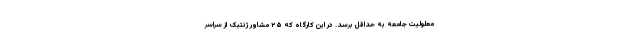
معلولیت جامعه به حداقل برسد. در این کارگاه که ۲۵ مشاور ژنتیک از سراسر